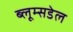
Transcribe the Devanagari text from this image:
ब्लूम्सडेल